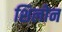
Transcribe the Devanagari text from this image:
शिलोन